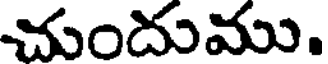
చుందుము.